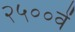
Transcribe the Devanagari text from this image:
२५००वें